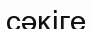
сәкіге